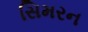
સિમરન